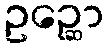
ဥဉ္ဆော